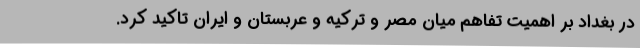
در بغداد بر اهمیت تفاهم میان مصر و ترکیه و عربستان و ایران تاکید کرد.